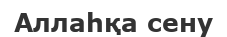
Аллаһқа сену